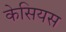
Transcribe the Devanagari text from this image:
केसियस